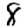
Digit: 8